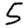
Digit: 5